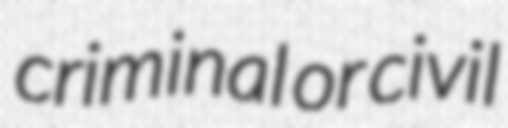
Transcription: criminal or civil